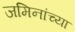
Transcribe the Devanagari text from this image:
जमिनांच्या